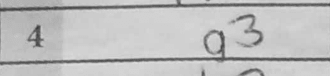
Transcription: g3